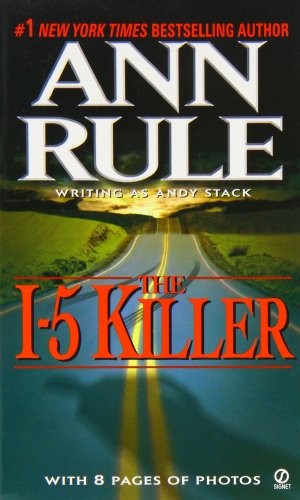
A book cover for The I-5 Killer, Revised Edition; Ann Rule; Biographies & Memoirs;